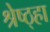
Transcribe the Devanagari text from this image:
श्रेष्ठ्हा